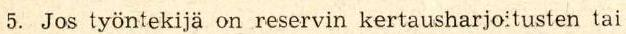
5. Jos työntekijä on reservin kertausharjo:tusten tai